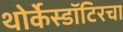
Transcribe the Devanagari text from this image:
थोर्केस्डॉटिरचा